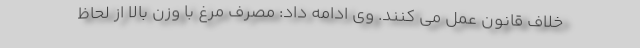
خلاف قانون عمل می کنند. وی ادامه داد: مصرف مرغ با وزن بالا از لحاظ